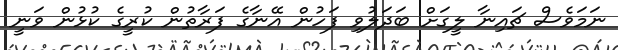
ނަމަވެސް ޗައިނާ ލީގަށް ބަދަލުވި ފަހުން އޭނާގެ ފަރާތުން ކުރީގެ ކުޅުން ވަނީ